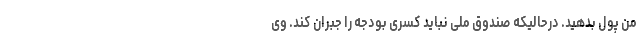
من پول بدهید. درحالیکه صندوق ملی نباید کسری بودجه را جبران کند. وی